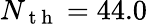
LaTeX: N_{\mathrm{~t~h~}}=44.0